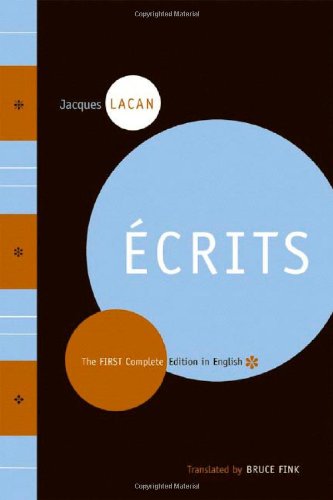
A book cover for Ecrits: The First Complete Edition in English; Jacques Lacan; Medical Books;